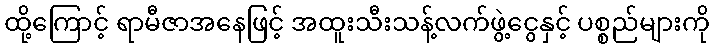
ထို့ကြောင့် ရာမီဇာအနေဖြင့် အထူးသီးသန့်လက်ဖွဲ့ငွေနှင့် ပစ္စည်များကို